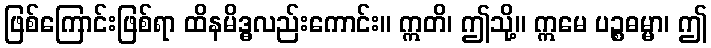
ဖြစ်ကြောင်းဖြစ်ရာ ထိနမိဒ္ဓလည်းကောင်း။ ဣတိ၊ ဤသို့။ ဣမေ ပဉ္စဓမ္မာ၊ ဤ